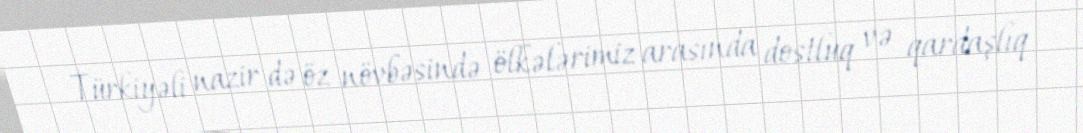
Türkiyəli nazir də öz növbəsində ölkələrimiz arasında dostluq və qardaşlıq